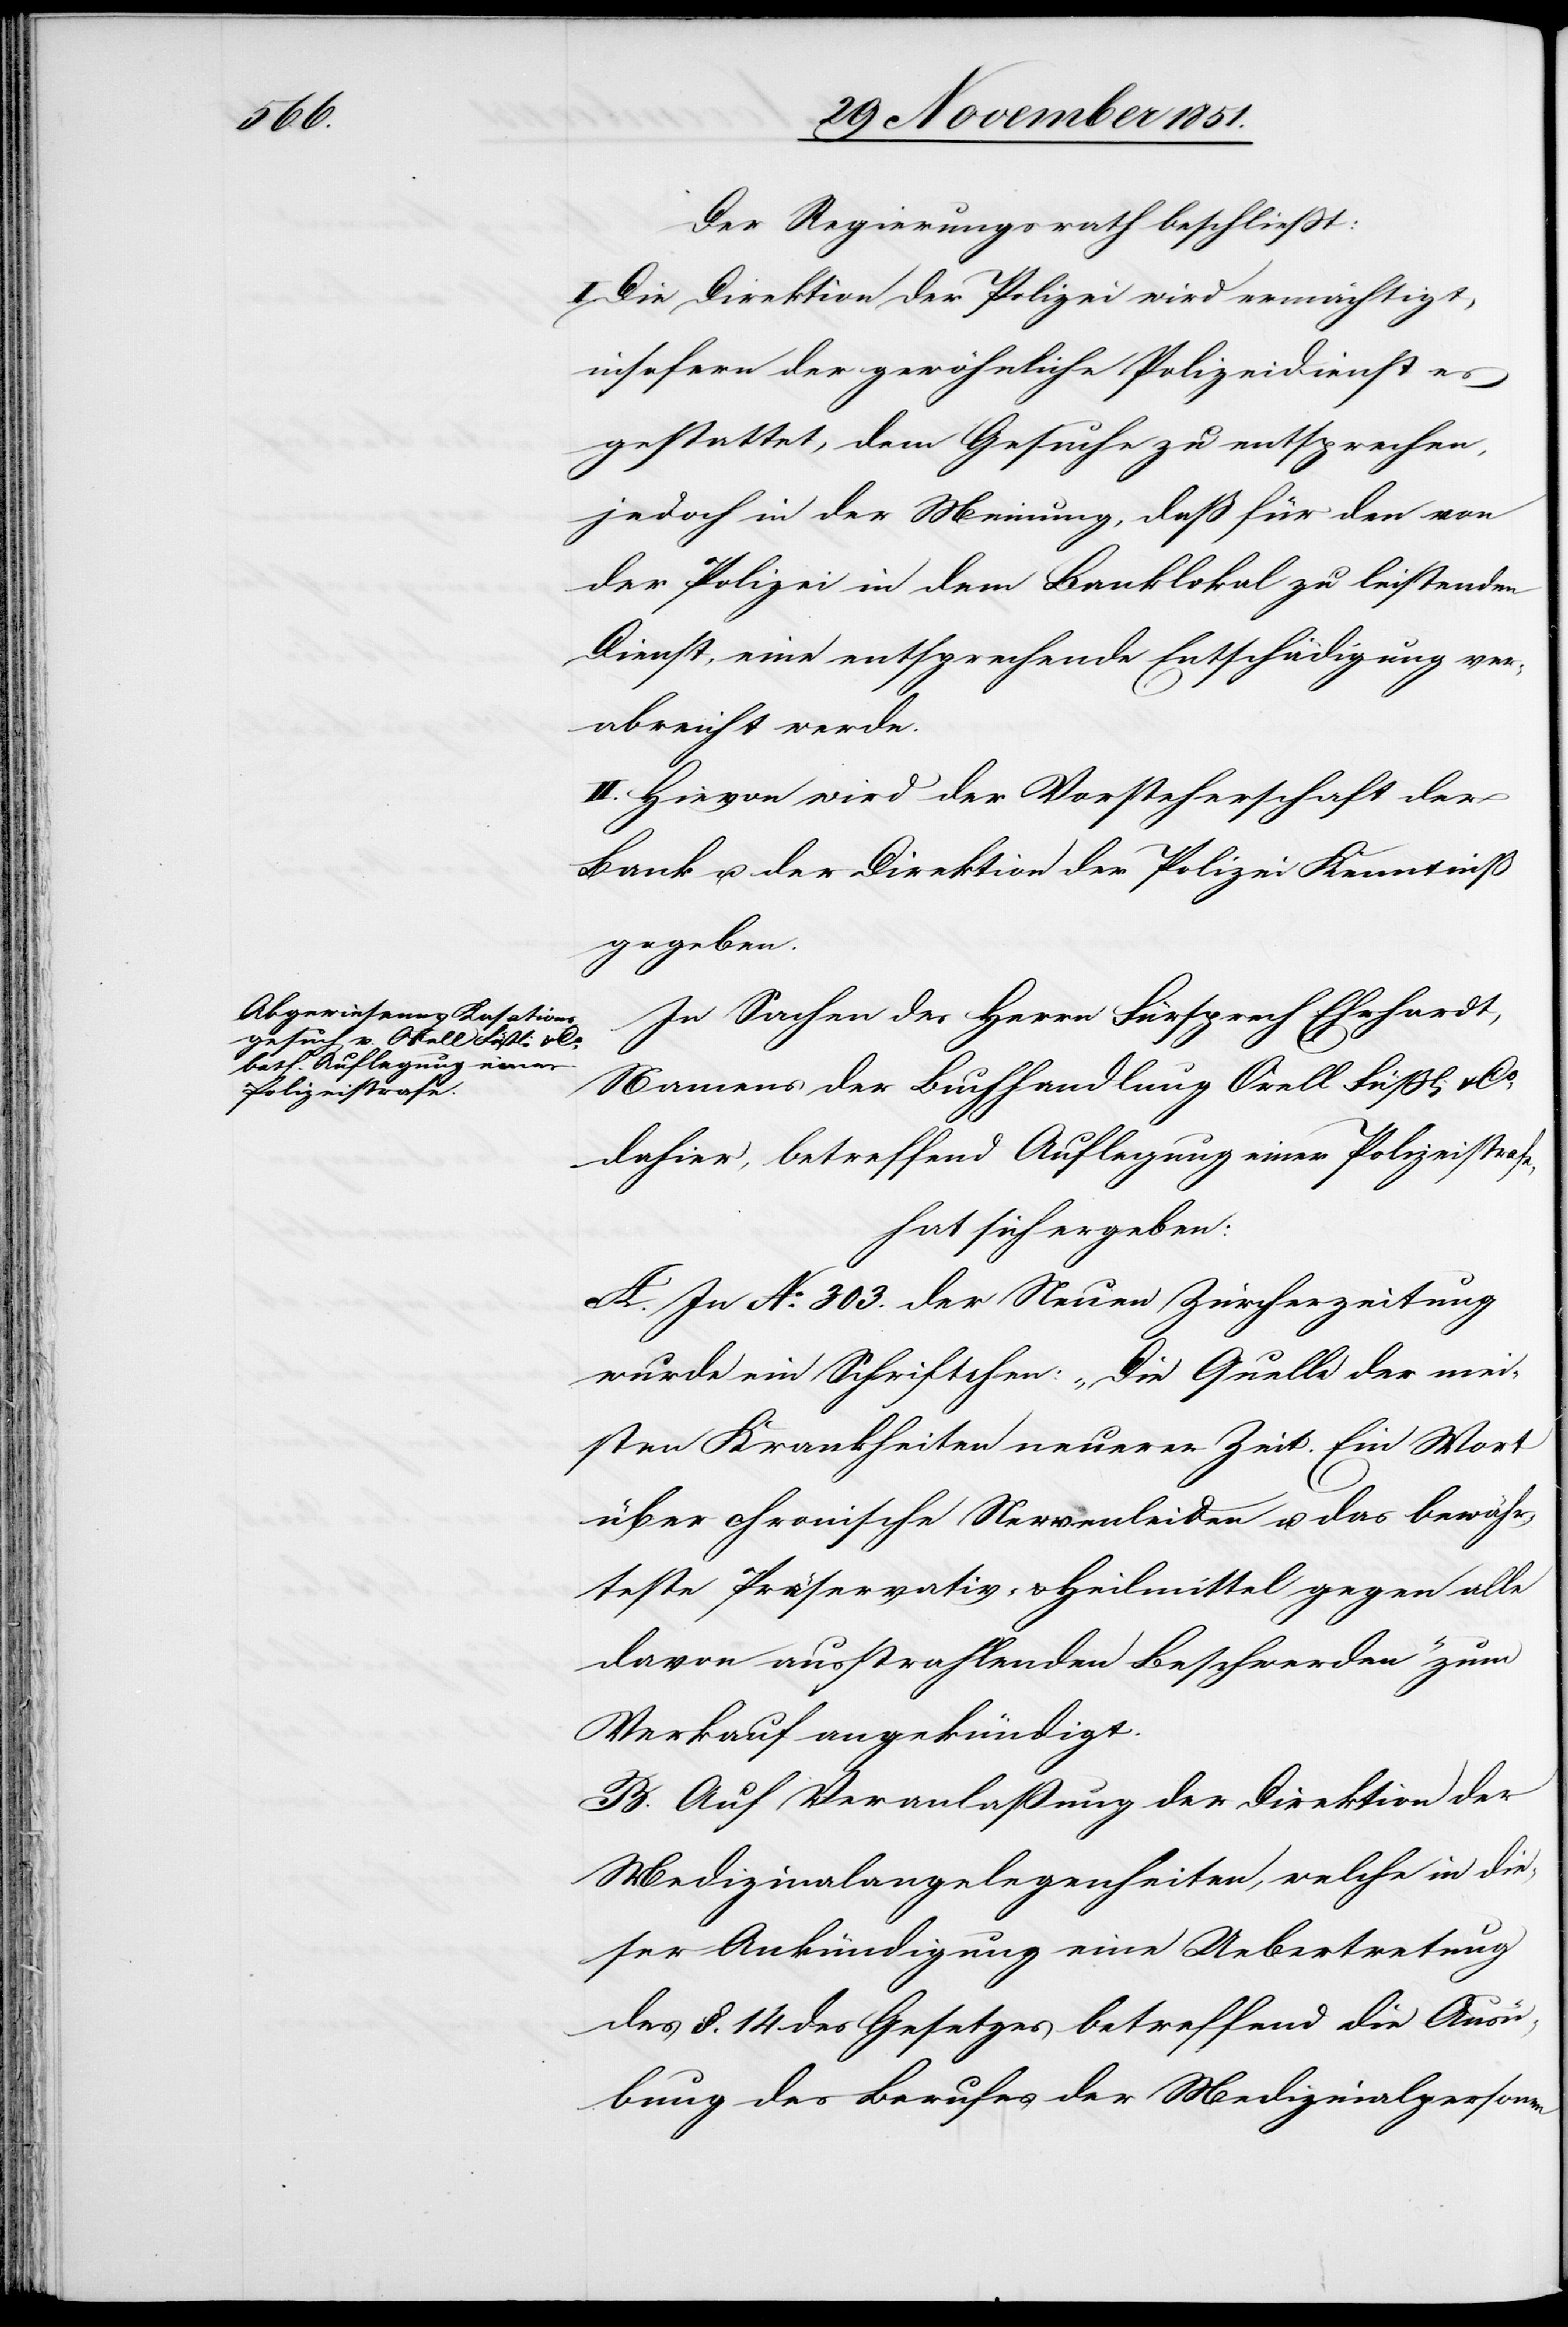
Der Regierungsrath beschließt:
I. Die Direktion der Polizei wird ermächtigt,
insofern der gewöhnliche Polizeidienst es
gestattet, dem Gesuche zu entsprechen,
jedoch in der Meinung, daß für den von
der Polizei in dem Banklokal zu leistenden
Dienst, eine entsprechende Entschädigung ver¬
abreicht werde.
II. Hievon wird der Vorsteherschaft der
Bank u. der Direktion der Polizei Kenntniß
gegeben.
In Sachen des Herrn Fürsprech Ehrhardt,
Namens der Buchhandlung Orell Füßli & Co.
dahier, betreffend Auflegung einer Polizeistrafe,
hat sich ergeben:
A. In No. 303. der Neuen Zürcherzeitung
wurde ein Schriftchen: „Die Quelle der mei¬
sten Krankheiten neuerer Zeit. Ein Wort
über chronische Nervenleiden u. das bewähr¬
teste Präservativ- & Heilmittel gegen alle
davon ausstrahlenden Beschwerden“ zum
Verkauf angekündigt.
B. Auf Veranlaßung der Direktion der
Medizinalangelegenheiten, welche in die¬
ser Ankündigung eine Uebertretung
des §. 14 des Gesetzes betreffend die Ausü¬
bung des Berufes der Medizinalpersonen